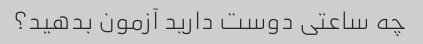
چه ساعتی دوست دارید آزمون بدهید؟